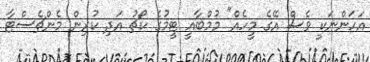
އަހަންނަކީ ވެސް އޭގެ މީހެއް" މުމްބާއީ ޓީމުގެ ކޯޗު އަދި ކުރިން މެންޗެސްޓާ